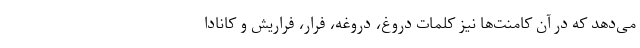
می‌دهد که در آن کامنت‌ها نیز کلمات دروغ، دروغه، فرار، فراریش و کانادا